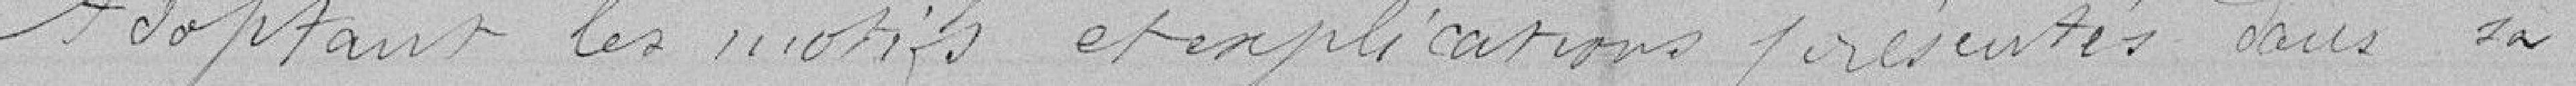
Adoptants les motifs et explications présentés dans sa